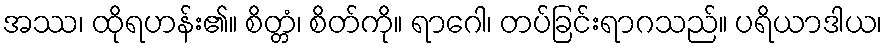
အဿ၊ ထိုရဟန်း၏။ စိတ္တံ၊ စိတ်ကို။ ရာဂေါ၊ တပ်ခြင်းရာဂသည်။ ပရိယာဒါယ၊